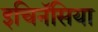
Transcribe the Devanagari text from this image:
इचिनॅसिया